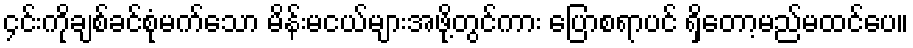
၄င်းကိုချစ်ခင်စုံမက်သော မိန်းမငယ်များအဖို့တွင်ကား ပြောစရာပင် ရှိတော့မည်မထင်ပေ။